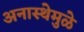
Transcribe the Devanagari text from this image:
अनास्थेमुळे